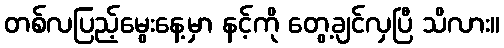
တစ်လပြည့်မွေးနေ့မှာ နင့်ကို တွေ့ချင်လှပြီ သိလား။